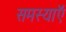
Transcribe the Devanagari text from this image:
समस्याऍ